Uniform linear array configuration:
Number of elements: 48
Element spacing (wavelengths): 0.75
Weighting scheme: cosine
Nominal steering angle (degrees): -15
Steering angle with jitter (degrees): -13.002
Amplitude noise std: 0.05
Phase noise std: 0.05

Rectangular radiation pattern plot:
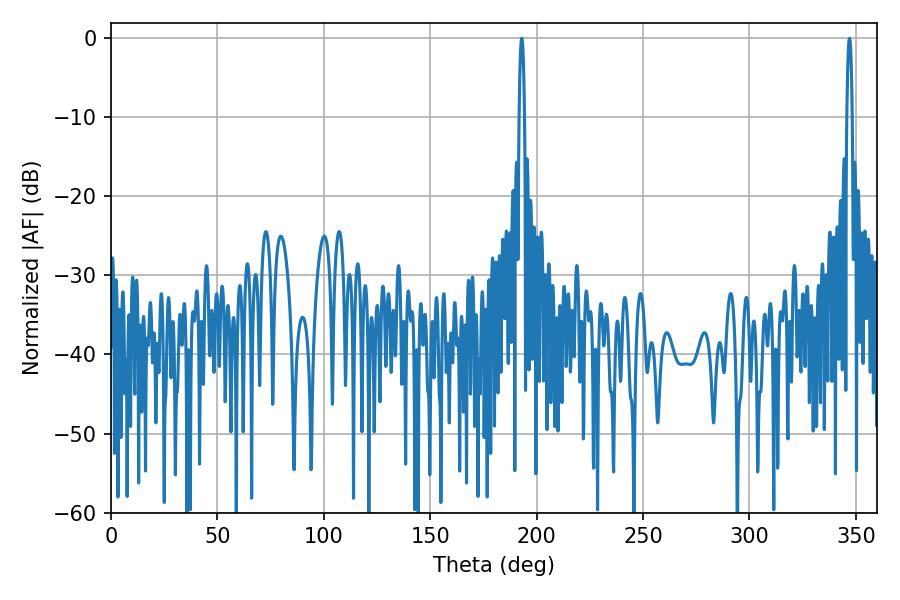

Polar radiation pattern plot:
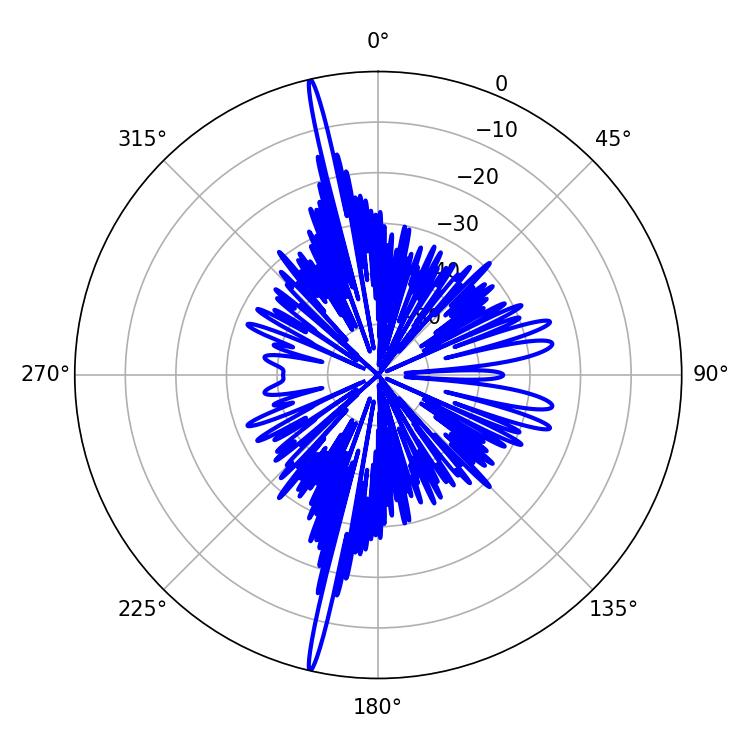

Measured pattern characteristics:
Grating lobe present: TRUE
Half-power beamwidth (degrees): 1.26
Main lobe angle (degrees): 192.96